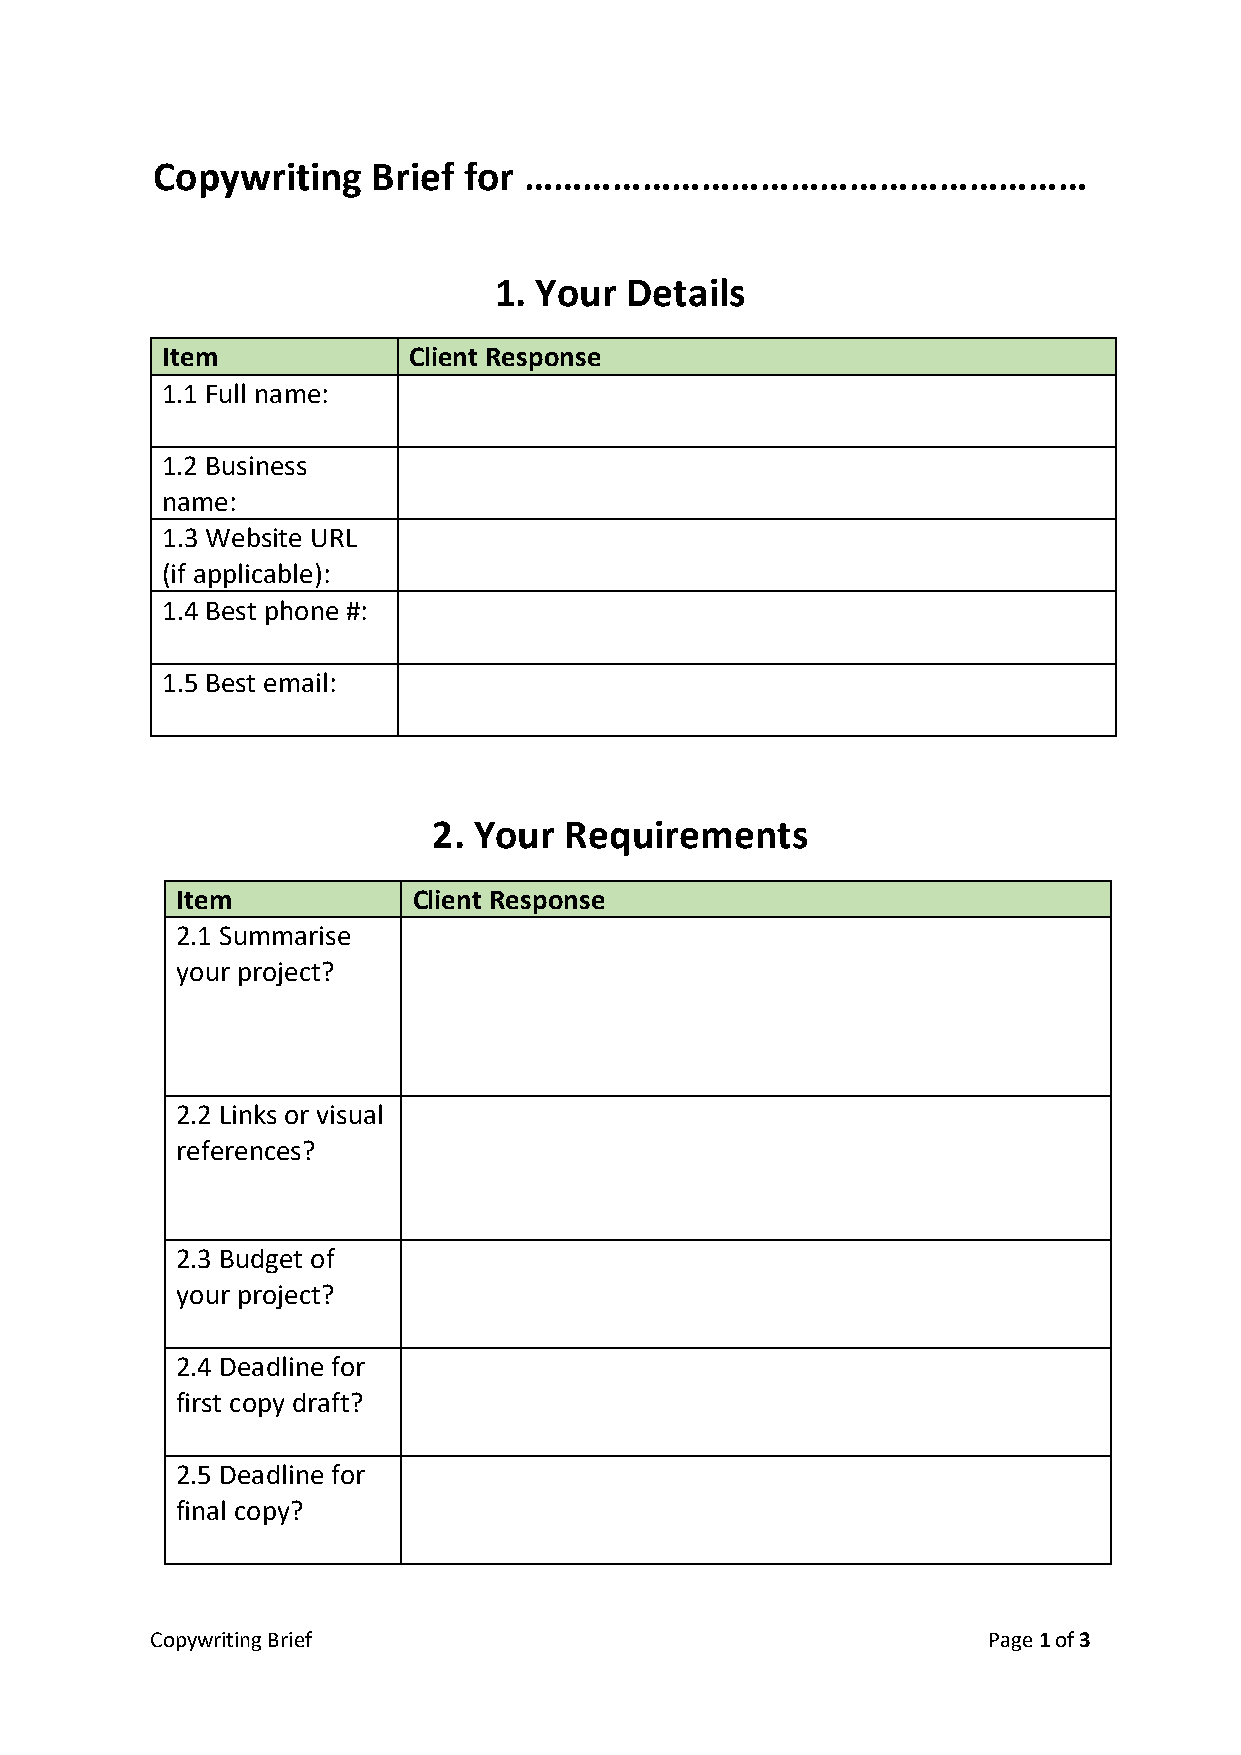
Copywriting    Brief for …………………………………………………
 1. Your Details
 Item            Client Response
 1.1 Full name:
 1.2 Business
 name:
 1.3 Website URL
 (if applicable):
 1.4 Best phone #:
 1.5 Best email:
 2. Your Requirements
 Item           Client Response
 2.1 Summarise
 your project?
 2.2 Links or visual
 references?
 2.3 Budget of
 your project?
 2.4 Deadline for
 first copy draft?
 2.5 Deadline for
 final copy?
 Copywriting Brief                                      Page 1 of 3